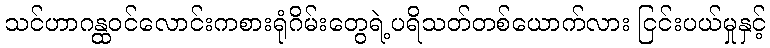
သင်ဟာဂန္ထဝင်လောင်းကစားရုံဂိမ်းတွေရဲ့ပရိသတ်တစ်ယောက်လား ငြင်းပယ်မှုနှင့်